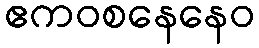
ဧကဝစနေနေဝ